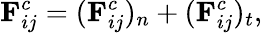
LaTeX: \mathbf{F}_{ij}^{c}=(\mathbf{F}_{ij}^{c})_{n}+(\mathbf{F}_{ij}^{c})_{t},